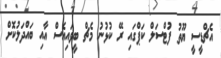
އެޗްޑީސީ ޔޫތު ފުޓްސަލް ކަޕްގައި ރޭ ކުޅުނު މެޗް ބީވައިއެސް އާއި ބައްދަލުކޮށް